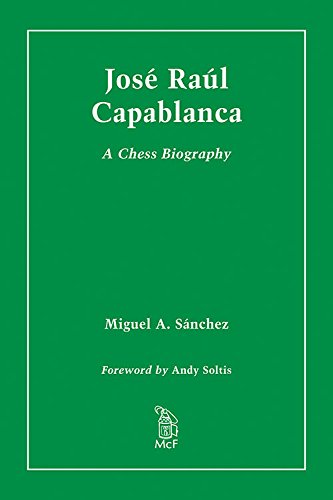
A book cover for Jose Raul Capablanca: A Chess Biography; Miguel A. Sanchez; Humor & Entertainment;